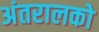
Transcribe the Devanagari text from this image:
अंतरालको